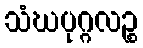
သံဃပုဂ္ဂလဉ္စ